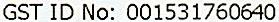
GST ID NO: 001531760640